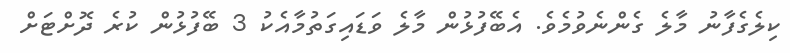
ކިލެގެފާނު މާލެ ގެންނެވުމެވެ. އެބޭފުޅުން މާލެ ވަޑައިގަތުމާއެކު 3 ބޭފުޅުން ކުރެ ދޮށްޓަށް